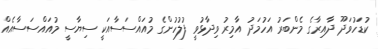
ކުޑަހުވަދޫ ދާއިރާގެ މެންބަރު އަހުމަދު އާމިރު ވިދާޅުވީ ފުލުހުންގެ މުއައްސަސާއަކީ ސިޔާސީ މުއައްސަސާއެއް